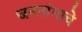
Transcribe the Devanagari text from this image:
जननांगाचे